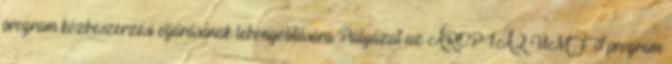
program közbeszerzési eljárásának lebonyolítására Pályázat az ÁROP-1.A.2 ÚMFT program